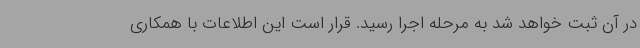
در آن ثبت خواهد شد به مرحله اجرا رسید. قرار است این اطلاعات با همکاری